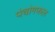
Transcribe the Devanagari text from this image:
पंचांगफल